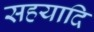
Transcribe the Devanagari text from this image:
सहयादि